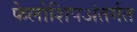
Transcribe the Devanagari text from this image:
फेलोशिपअंतर्गत